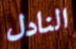
النادل